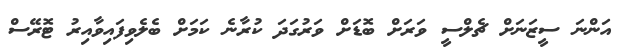
އަންނަ ސީޒަނަށް ޗެލްސީ ވަރަށް ބޮޑަށް ވަރުގަދަ ކުރާނެ ކަމަށް ބެލެވިފައިވާއިރު ޓޮރޭސް